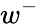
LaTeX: w^{-}